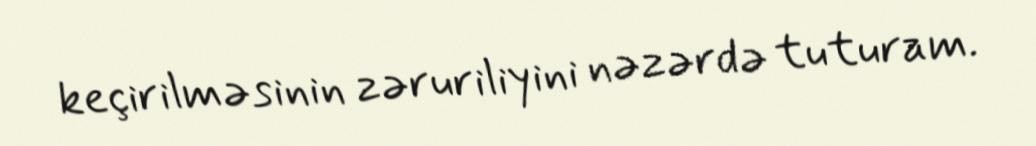
keçirilməsinin zəruriliyini nəzərdə tuturam.